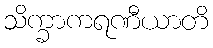
သိက္ခာကရဏီယာတိ